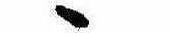
ゝ